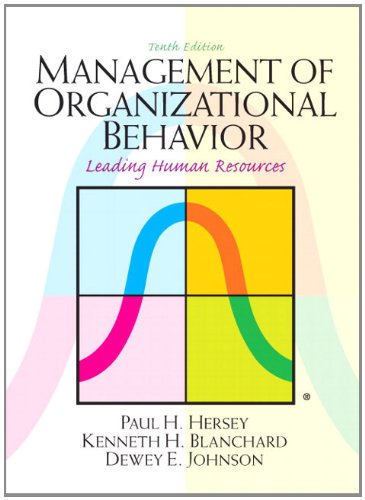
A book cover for Management of Organizational Behavior (10th Edition); Paul Hersey; Business & Money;